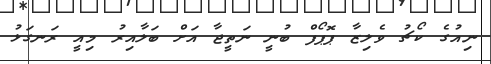
ނިއުގެ ކޯޗު ވެލިޒާ ޕޮޕޯފް ބުނީ ނަތީޖާ އަށް ބަލާއިރު މިއީ ރަނގަޅު